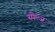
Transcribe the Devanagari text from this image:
स्पेल्ज़